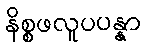
နိစ္စဖလူပပန္နာ